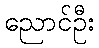
ညောင်ဦး